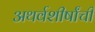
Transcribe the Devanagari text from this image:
अथर्वशीर्षांची